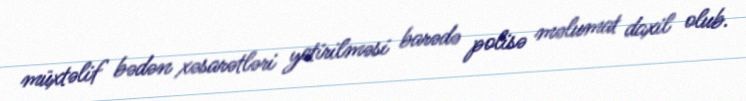
müxtəlif bədən xəsarətləri yetirilməsi barədə polisə məlumat daxil olub.